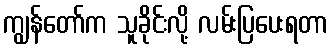
ကျွန်တော်က သူခိုင်းလို့ လမ်းပြပေးရတာ